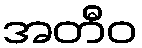
အတီဝ